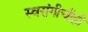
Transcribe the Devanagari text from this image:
स्वरांगीचीही